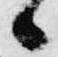
候